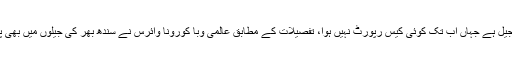
سندھ بھر کی جیلوں میں یہ تعداد تیرہ سو تجاوز کر چکی ہے، ڈسٹرکٹ جیل ملیر اب تک محفوظ ترین جیل ہے جہاں اب تک کوئی کیس رپورٹ نہیں ہوا، تفصیلات کے مطابق عالمی وبا کورونا وائرس نے سندھ بھر کی جیلوں میں بھی پنچے گاڑ لیے،سینٹرل جیل کراچی میں کورونا وائرس کے اب تک 1091 کیسز رپورٹ ہو چکے ہیں۔